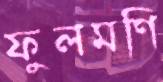
ফুলমণি